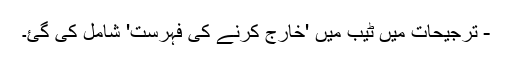
- ترجیحات میں ٹیب میں 'خارج کرنے کی فہرست' شامل کی گئ۔